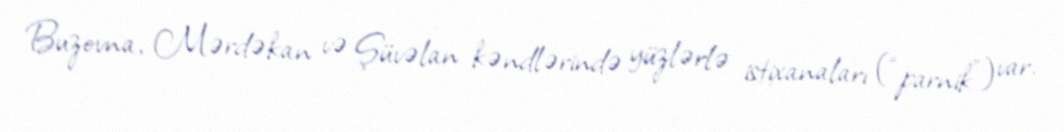
Buzovna, Mərdəkan və Şüvəlan kəndlərində yüzlərlə istixanaları (“parnik”) var.